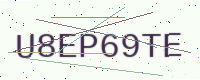
Text: U8EP69TE